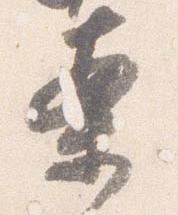
案